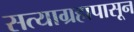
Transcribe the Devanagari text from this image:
सत्याग्रहापासून